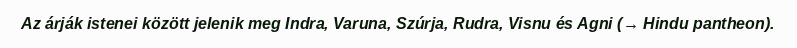
Az árják istenei között jelenik meg Indra, Varuna, Szúrja, Rudra, Visnu és Agni (→ Hindu pantheon).